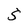
Character: S